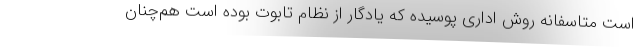
است متاسفانه روش اداری پوسیده که یادگار از نظام تابوت بوده است هم‌چنان